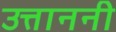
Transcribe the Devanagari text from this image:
उत्ताननी